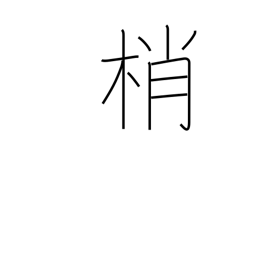
Meaning: treetops